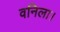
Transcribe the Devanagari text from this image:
वनिला।